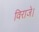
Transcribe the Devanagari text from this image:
विराजे।